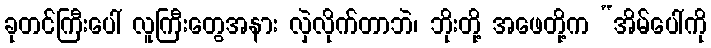
ခုတင်ကြီးပေါ် လူကြီးတွေအနား လှဲလိုက်တာဘဲ၊ ဘိုးတို့ အဖေတို့က “အိမ်ပေါ်ကို